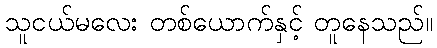
သူငယ်မလေး တစ်ယောက်နှင့် တူနေသည်။